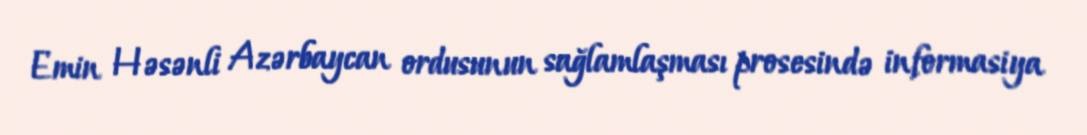
Emin Həsənli Azərbaycan ordusunun sağlamlaşması prosesində informasiya